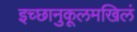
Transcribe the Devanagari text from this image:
इच्छानुकूलमखिलं